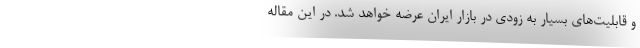
و قابلیت‌های بسیار به زودی در بازار ایران عرضه خواهد شد. در این مقاله